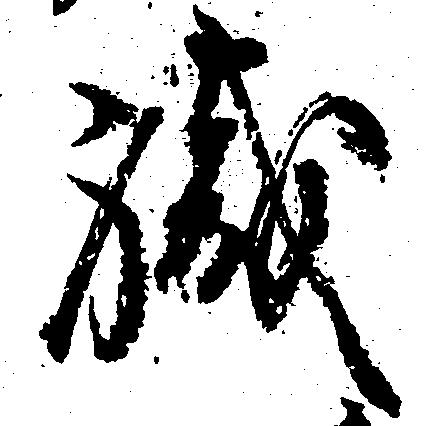
職